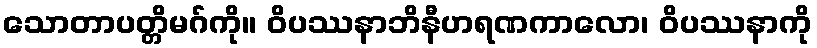
သောတာပတ္တိမဂ်ကို။ ဝိပဿနာဘိနီဟရဏကာလော၊ ဝိပဿနာကို